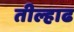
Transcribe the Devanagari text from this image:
तील्हाढ